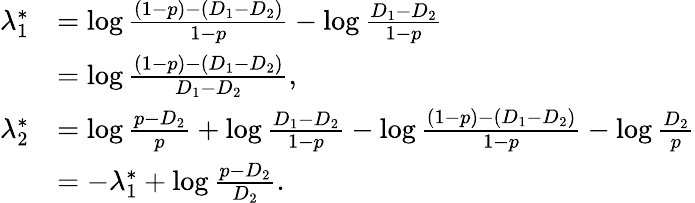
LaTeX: \begin{array}{rl}{\lambda_{1}^{*}}&{=\log\frac{(1-p)-(D_{1}-D_{2})}{1-p}-\log\frac{D_{1}-D_{2}}{1-p}}\\ &{=\log\frac{(1-p)-(D_{1}-D_{2})}{D_{1}-D_{2}},}\\ {\lambda_{2}^{*}}&{=\log\frac{p-D_{2}}{p}+\log\frac{D_{1}-D_{2}}{1-p}-\log\frac{(1-p)-(D_{1}-D_{2})}{1-p}-\log\frac{D_{2}}{p}}\\ &{=-\lambda_{1}^{*}+\log\frac{p-D_{2}}{D_{2}}.}\end{array}